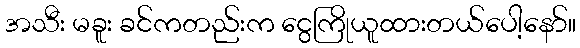
အသီး မခူး ခင်ကတည်းက ငွေကြိုယူထားတယ်ပေါ့နော်။